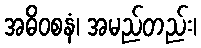
အဓိဝစနံ၊ အမည်တည်း၊